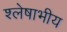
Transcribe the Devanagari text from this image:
श्लेषाभीय